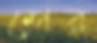
শের